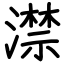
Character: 澿